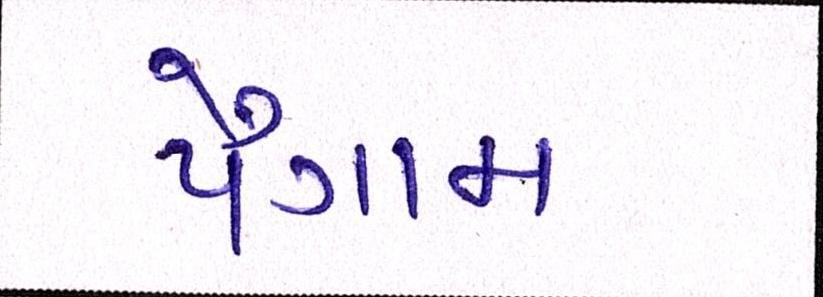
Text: પૈગામ